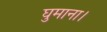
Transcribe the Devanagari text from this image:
घुमाना।